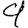
Digit: 9